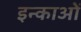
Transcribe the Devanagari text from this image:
इन्काओं